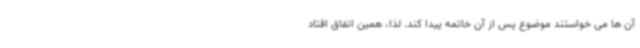
آن ها می خواستند موضوع پس از آن خاتمه پیدا کند. لذا، همین اتفاق افتاد